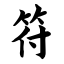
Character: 符